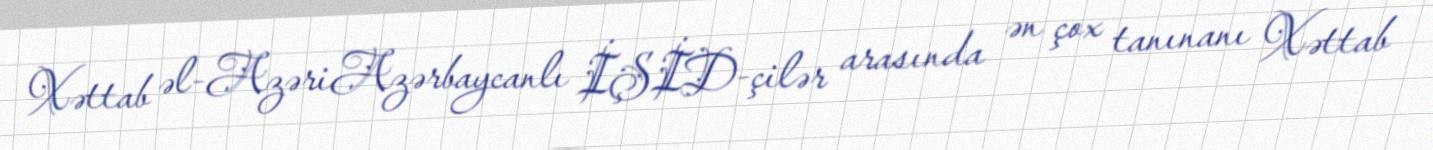
Xəttab əl-AzəriAzərbaycanlı İŞİD-çilər arasında ən çox tanınanı Xəttab